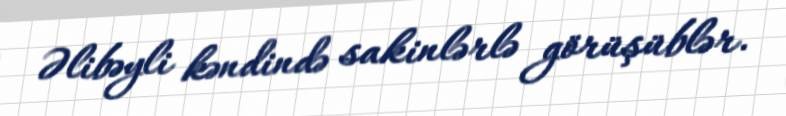
Əlibəyli kəndində sakinlərlə görüşüblər.